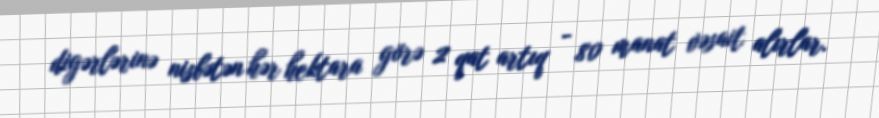
digərlərinə nisbətən hər hektara görə 2 qat artıq - 80 manat vəsait alırlar.